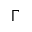
\Gamma